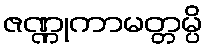
ဇဏ္ဏုကာမတ္တမ္ပိ